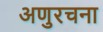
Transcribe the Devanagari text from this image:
अणुरचना